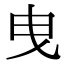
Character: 曳